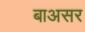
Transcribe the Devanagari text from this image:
बाअसर